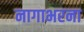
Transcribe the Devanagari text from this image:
नागाभरना